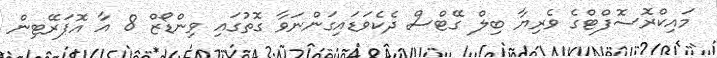
މައިކްރޮސޮފްޓްގެ ވެރިޔާ ބިލް ގޭޓްސް ދެކެވަޑައިގަންނަވާ ގޮތުގައި ވިންޑޯޒް 8 އާ އޮޕަރޭޓިން